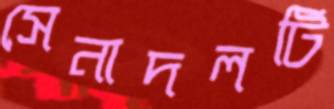
সেনাদলটি